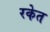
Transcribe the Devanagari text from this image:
रकेत